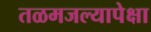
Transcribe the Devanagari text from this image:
तळमजल्यापेक्षा